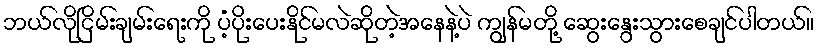
ဘယ်လိုငြိမ်းချမ်းရေးကို ပံ့ပိုးပေးနိုင်မလဲဆိုတဲ့အနေနဲ့ပဲ ကျွန်မတို့ ဆွေးနွေးသွားစေချင်ပါတယ်။